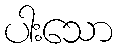
ပါးသော